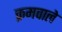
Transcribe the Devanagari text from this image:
क्रमवाले